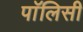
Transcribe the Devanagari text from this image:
पाॅलिसी